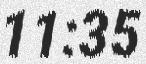
11:35